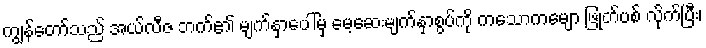
ကျွန်တော်သည် အယ်လီဇ ဘက်၏ မျက်နှာပေါ်မှ မေ့ဆေးမျက်နှာစွပ်ကို ကသောကမျော ဖြုတ်ပစ် လိုက်ပြီး၊